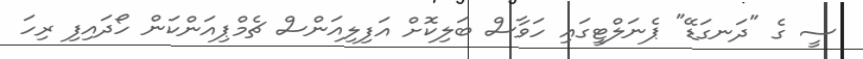
ސީ ގެ "ދަނގަޑޭ" ޕެނަލްޓީގައި ހަވާސް ބަލިކޮށް އަފިލިއަންސް ޗެމްޕިއަންކަން ހޯދައިފި ރިހަ